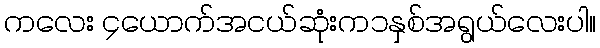
ကလေး ၄ယောက်အငယ်ဆုံးက၁နှစ်အရွယ်လေးပါ။